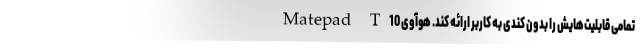
تمامی قابلیت‌هایش را بدون کندی به کاربر ارائه کند. هوآوی Matepad T10